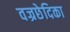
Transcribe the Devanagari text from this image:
वज्रछेदिका